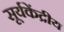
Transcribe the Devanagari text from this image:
सूर्यकेंद्रीय